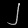
Digit: ၂